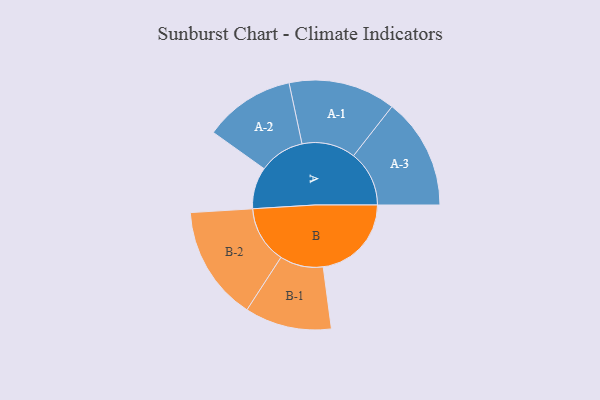
{"axis": {"x": "Segment", "y": "Value"}, "legend": ["", "A", "B"], "data": [{"x": "A", "y": 201, "type": ""}, {"x": "B", "y": 425, "type": ""}, {"x": "A-1", "y": 258, "type": "A"}, {"x": "A-2", "y": 219, "type": "A"}, {"x": "A-3", "y": 268, "type": "A"}, {"x": "B-1", "y": 209, "type": "B"}, {"x": "B-2", "y": 276, "type": "B"}]}